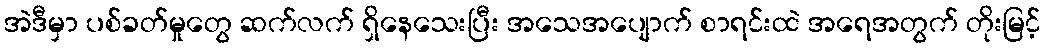
အဲဒီမှာ ပစ်ခတ်မှုတွေ ဆက်လက် ရှိနေသေးပြီး အသေအပျောက် စာရင်းထဲ အရေအတွက် တိုးမြင့်